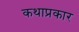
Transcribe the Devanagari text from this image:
कथाप्रकार